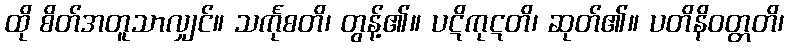
ထို စိတ်အတူသာလျှင်။ သင်္ကုစတိ၊ တွန့်၏။ ပဋိကုဋတိ၊ ဆုတ်၏။ ပတိနိဝတ္တတိ၊